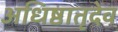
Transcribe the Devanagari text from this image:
अधिष्ठातृदेव